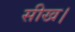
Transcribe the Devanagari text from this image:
सीख।